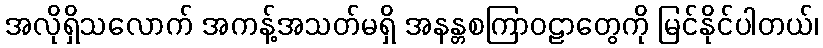
အလိုရှိသလောက် အကန့်အသတ်မရှိ အနန္တစကြာဝဠာတွေကို မြင်နိုင်ပါတယ်၊